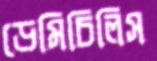
ডেমিচিলিস